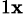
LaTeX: _{1\mathbf{x}}